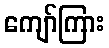
ကျော်ကြား